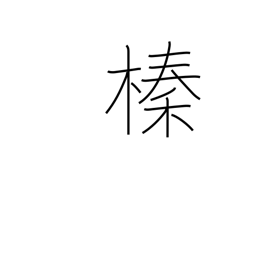
Meaning: hazelnut